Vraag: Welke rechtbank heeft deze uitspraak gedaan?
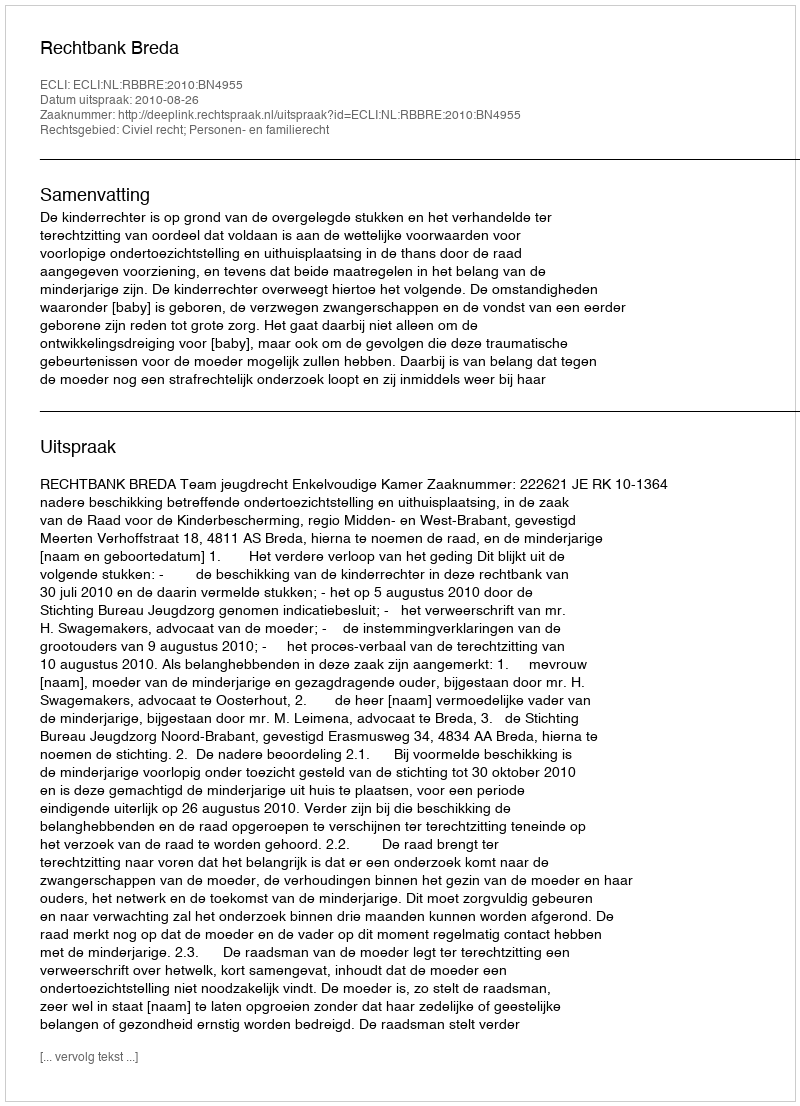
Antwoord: Rechtbank Breda